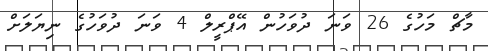
މާޗް މަހުގެ 26 ވަނަ ދުވަހުން އޭޕްރީލް 4 ވަނަ ދުވަހުގެ ނިޔަލަށް